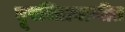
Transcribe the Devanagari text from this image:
दूरचित्रवाणीत